65_HS1-834228961_62-HQ-83894_Section_4
Agency: FBI
Page 29
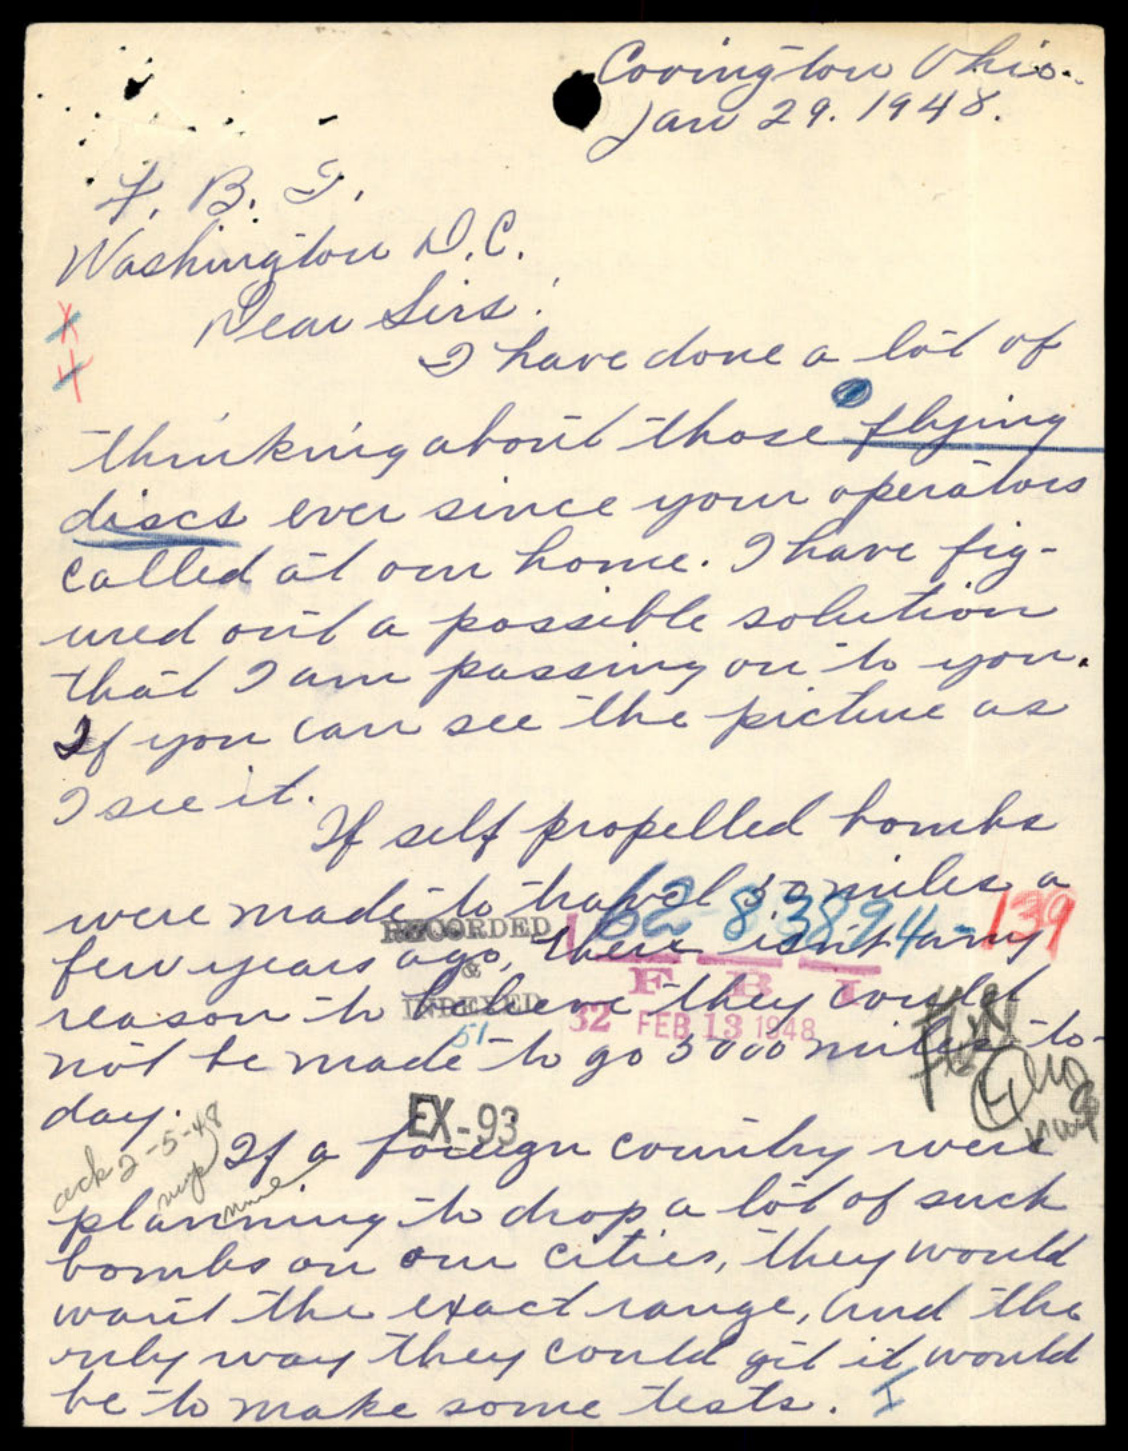